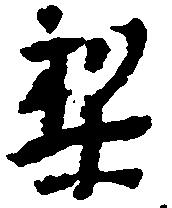
梨